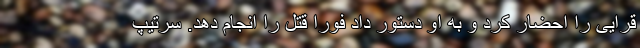
قرایی را احضار کرد و به او دستور داد فورا قتل را انجام دهد. سرتیپ